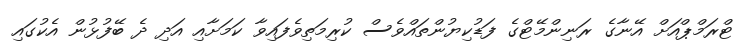
ޓްރަމްޕްއަށް އޭނާގެ ރަނިންމޭޓްގެ ފަޑުކިޔުންތައްވެސް ކުރިމަތިވެފައިވާ ކަމަށާއި އަދި ދެ ބޭފުޅުން އެކުގައި